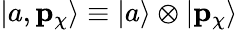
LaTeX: |a,\mathbf{p}_{\chi}\rangle\equiv|a\rangle\otimes|\mathbf{p}_{\chi}\rangle